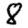
Digit: 8